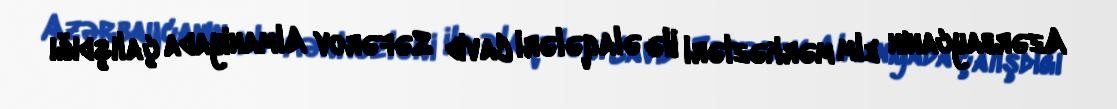
Azərbaycanın elm mərkəzləri ilə əlaqələri Cavid Səfərov Almaniyada çalışdığı